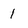
Character: 1